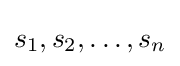
s_{1},s_{2},\dots ,s_{n}